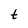
Character: t